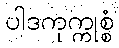
ပါဒကုက္ကုစ္စံ